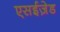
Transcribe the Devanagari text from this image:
एसईज़ेड